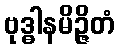
ဗုဒ္ဓါနမိဉ္ဇိတံ